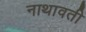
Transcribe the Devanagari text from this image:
नाथावती